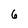
Character: 6